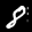
Label: 8